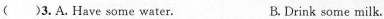
( )3.A.Have some water. B.Drink some milk.